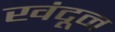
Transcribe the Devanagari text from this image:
खंदून